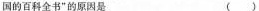
国的百科全书”的原因是（ ）